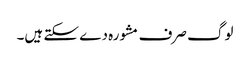
لوگ صرف مشورہ دے سکتے ہیں۔